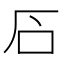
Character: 䂖